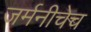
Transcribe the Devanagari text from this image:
जर्मनीचेच